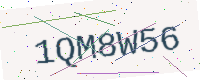
Text: 1QM8W56